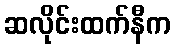
ဆလိုင်းထက်နီက